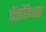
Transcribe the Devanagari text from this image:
टेंडॉन्स